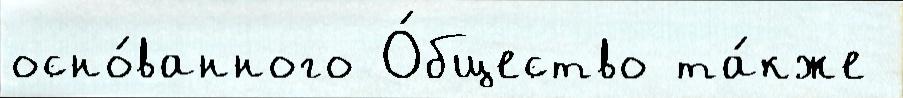
осно́ванного О́бщество та́кже